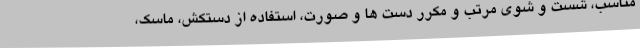
مناسب، شست و شوی مرتب و مکرر دست ها و صورت، استفاده از دستکش، ماسک،